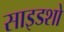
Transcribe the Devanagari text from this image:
साइडशो